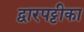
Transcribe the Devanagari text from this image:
द्वारपट्टीका